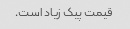
قیمت پیک زیاد است.